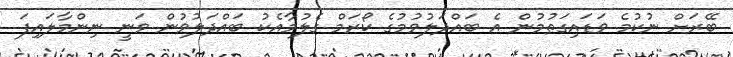
ބޭރަށް ނުކުމެ ވަޑައިގަތުމުން އެ ބައްދަލުވުމުގެ ކޯރަމް ގެލުމާއެކު ބައްދަލުވުން ވަނީ ނިންމާލައިފަ